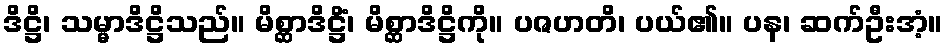
ဒိဋ္ဌိ၊ သမ္မာဒိဋ္ဌိသည်။ မိစ္ဆာဒိဋ္ဌိံ၊ မိစ္ဆာဒိဋ္ဌိကို။ ပဇဟတိ၊ ပယ်၏။ ပန၊ ဆက်ဦးအံ့။